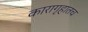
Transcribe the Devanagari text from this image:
कारागृहातच